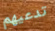
تدعيهم